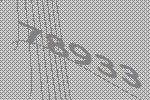
78933